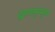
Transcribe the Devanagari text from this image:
ह्यापासूनसुद्धा